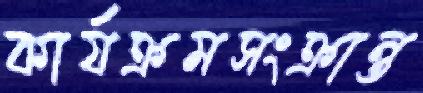
কার্যক্রমসংক্রান্ত